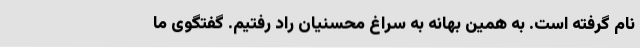
نام گرفته است. به همین بهانه به سراغ محسنیان راد رفتیم. گفتگوی ما